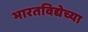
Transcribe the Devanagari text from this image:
भारतविद्येच्या